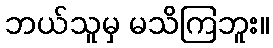
ဘယ်သူမှ မသိကြဘူး။